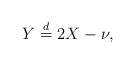
LaTeX: \begin{align*}Y \stackrel{d}{=} 2X - \nu,\end{align*}